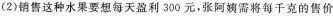
(2)销售这种水果要想每天盈利300元，张阿姨需将每千克的售价